Report of the Indian Hemp Drugs Commission, 1894-1895 - Volume IV
Year: 1894
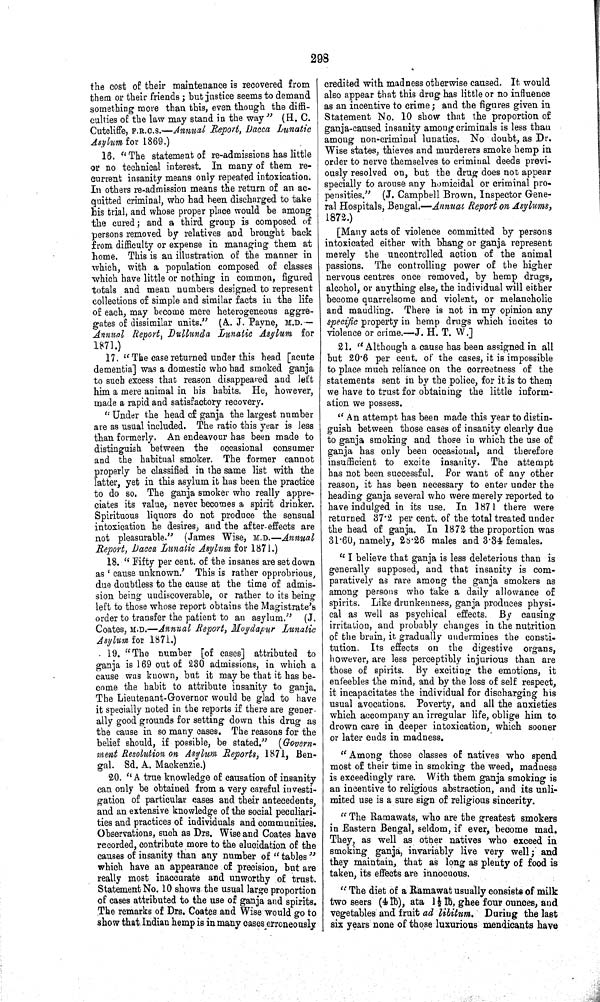
298
the cost of their maintenance is recovered from
them or their friends; but justice seems to demand
something more than this, even though the diffi-
culties of the law may stand in the way" (H. C.
Cutcliffe, F.R.C.S.—Annual Report, Dacca Lunatic
Asylum for 1869.)
16. "The statement of re-admissions has little
or no technical interest. In many of them re-
current insanity means only repeated intoxication.
In others re-admission means the return of an ac-
quitted criminal, who had been discharged to take
his trial, and whose proper place would be among
the cured; and a third group is composed of
persons removed by relatives and brought back
from difficulty or expense in managing them at
home. This is an illustration of the manner in
which, with a population composed of classes
which have little or nothing in common, figured
totals and mean numbers designed to represent
collections of simple and similar facts in the life
of each, may become mere heterogeneous aggre-
gates of dissimilar units." (A. J. Payne, M.D.—
Annual Report, Dullunda Lunatic Asylum for
1871.)
17. "The case returned under this head [acute
dementia] was a domestic who had smoked ganja
to such excess that reason disappeared and left
him a mere animal in his habits. He, however,
made a rapid and satisfactory recovery.
"Under the head of ganja the largest number
are as usual included. The ratio this year is less
than formerly. An endeavour has been made to
distinguish between the occasional consumer
and the habitual smoker. The former cannot
properly be classified in the same list with the
latter, yet in this asylum it has been the practice
to do so. The ganja smoker who really appre-
ciates its value, never becomes a spirit drinker.
Spirituous liquors do not produce the sensual
intoxication he desires, and the after-effects are
not pleasurable." (James Wise, M.D.—Annual
Report, Dacca Lunatic Asylum for 1871.)
18. "Fifty per cent. of the insanes are set down
as 'cause unknown.' This is rather opprobrious,
due doubtless to the cause at the time of admis-
sion being undiscoverable, or rather to its being
left to those whose report obtains the Magistrate's
order to transfer the patient to an asylum." (J.
Coates, M.D.—Annual Report, Moydapur Lunatic
Asylum for 1871.)
19. "The number [of cases] attributed to
ganja is 169 out of 230 admissions, in which a
cause was known, but it may be that it has be-
come the habit to attribute insanity to ganja.
The Lieutenant-Governor would be glad to have
it specially noted in the reports if there are gener-
ally good grounds for setting down this drug as
the cause in so many cases. The reasons for the
belief should, if possible, be stated."
(Govern-
ment Resolution on Asylum Reports, 1871, Ben-
gal. Sd. A. Mackenzie.)
20. "A true knowledge of causation of insanity
can only be obtained from a very careful investi-
gation of particular cases and their antecedents,
and an extensive knowledge of the social peculiari-
ties and practices of individuals and communities.
Observations, such as Drs. Wise and Coates have
recorded, contribute more to the elucidation of the
causes of insanity than any number of "tables"
which have an appearance of precision, but are
really most inaccurate and unworthy of trust.
Statement No. 10 shows the usual large proportion
of cases attributed to the use of ganja and spirits.
The remarks of Drs. Coates and Wise would go to
show that Indian hemp is in many cases erroneously
credited with madness otherwise caused. It would
also appear that this drug has little or no influence
as an incentive to crime; and the figures given in
Statement No. 10 show that the proportion of
ganja-caused insanity among criminals is less than
among non-criminal lunatics. No doubt, as Dr.
Wise states, thieves and murderers smoke hemp in
order to nerve themselves to criminal deeds previ-
ously resolved on, but the drug does not appear
specially to arouse any homicidal or criminal pro-
pensities." (J. Campbell Brown, Inspector Gene-
ral Hospitals, Bengal.—Annual Report on Asylums,
1872.)
[Many acts of violence committed by persons
intoxicated either with bhang or ganja represent
merely the uncontrolled action of the animal
passions. The controlling power of the higher
nervous centres once removed, by hemp drugs,
alcohol, or anything else, the individual will either
become quarrelsome and violent, or melancholic
and maudling. There is not in my opinion any
specific property in hemp drugs which incites to
violence or crime.—J. H. T. W.]
21. "Although a cause has been assigned in all
but 20.6 per cent. of the cases, it is impossible
to place much reliance on the correctness of the
statements sent in by the police, for it is to them
we have to trust for obtaining the little inform-
ation we possess.
"An attempt has been made this year to distin-
guish between those cases of insanity clearly due
to ganja smoking and those in which the use of
ganja has only been occasional, and therefore
insufficient to excite insanity. The attempt
has not been successful. For want of any other
reason, it has been necessary to enter under the
heading ganja several who were merely reported to
have indulged in its use. In 1871 there were
returned 37.2 per cent. of the total treated under
the head of ganja. In 1872 the proportion was
31.60, namely, 28.26 males and 3.34 females.
"I believe that ganja is less deleterious than is
generally supposed, and that insanity is com-
paratively as rare among the ganja smokers as
among persons who take a daily allowance of
spirits. Like drunkenness, ganja produces physi-
cal as well as psychical effects. By causing
irritation, and probably changes in the nutrition
of the brain, it gradually undermines the consti-
tution. Its effects on the digestive organs,
however, are less perceptibly injurious than are
those of spirits. By exciting the emotions, it
enfeebles the mind, and by the loss of self respect,
it incapacitates the individual for discharging his
usual avocations. Poverty, and all the anxieties
which accompany an irregular life, oblige him to
drown care in deeper intoxication, which sooner
or later ends in madness.
"Among those classes of natives who spend
most of their time in smoking the weed, madness
is exceedingly rare. With them ganja smoking is
an incentive to religious abstraction, and its unli-
mited use is a sure sign of religious sincerity.
"The Ramawats, who are the greatest smokers
in Eastern Bengal, seldom, if ever, become mad.
They, as well as other natives who exceed in
smoking ganja, invariably live very well; and
they maintain, that as long as plenty of food is
taken, its effects are innocuous.
"The diet of a Ramawat usually consists of milk
two seers (4 lb), ata 11/2 lb, ghee four ounces, and
vegetables and fruit ad libitum. During the last
six years none of those luxurious mendicants have